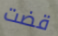
قضت